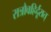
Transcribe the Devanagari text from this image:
रात्रौवह्रिर्दूरात्